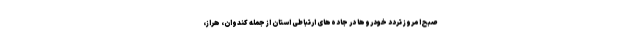
صبح امروز تردد خودروها در جاده‌های ارتباطی استان از جمله کندوان، هراز،